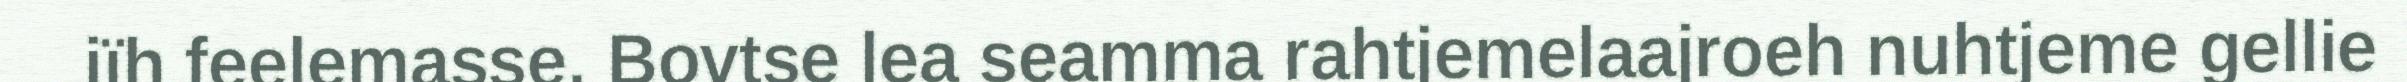
jïh feelemasse. Bovtse lea seamma rahtjemelaajroeh nuhtjeme gellie